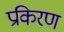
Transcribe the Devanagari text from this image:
प्रकिरण